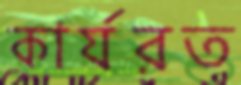
কার্যরত